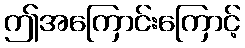
ဤအကြောင်းကြောင့်